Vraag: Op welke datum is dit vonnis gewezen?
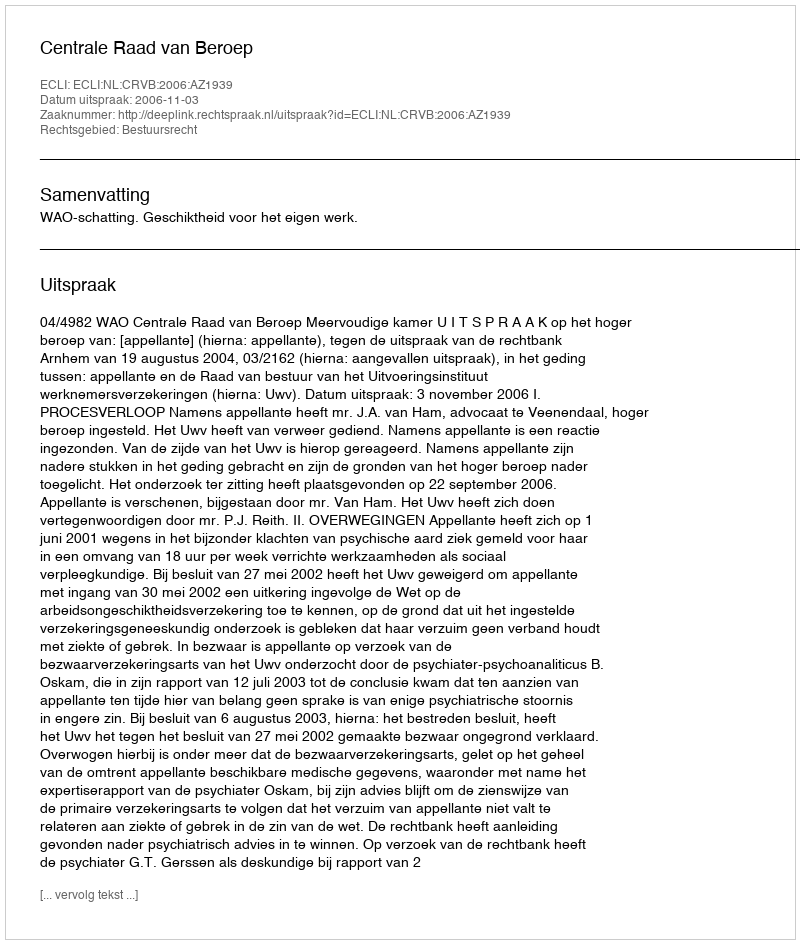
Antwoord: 2006-11-03